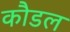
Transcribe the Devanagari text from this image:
कौडल